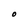
Character: O